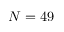
N = 4 9